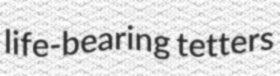
life-bearing tetters